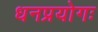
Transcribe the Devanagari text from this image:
धनप्रयोगः